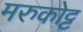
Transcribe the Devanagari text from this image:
मरुकोट्ट